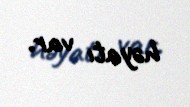
həyatı var.